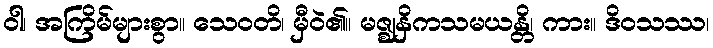
ဝါ၊ အကြိမ်များစွာ။ သေဝတိ၊ မှီဝဲ၏။ မဇ္ဈနှိကသမယန္တိ၊ ကား။ ဒိဝသဿ၊